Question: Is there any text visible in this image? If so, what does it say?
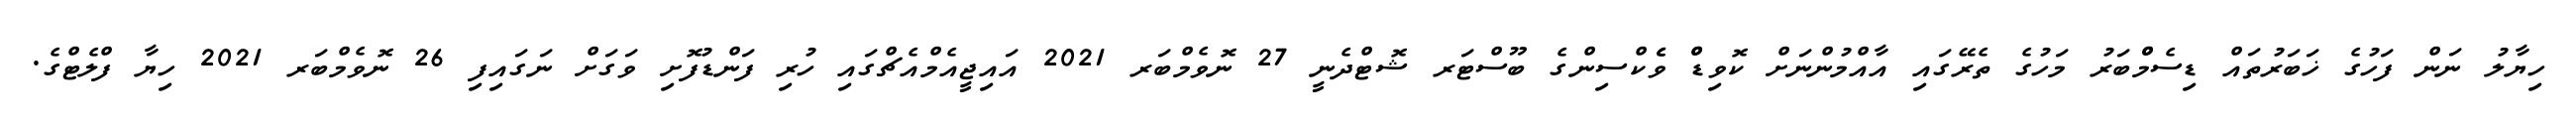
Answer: ހިޔާލު ނަން ފަހުގެ ޚަބަރުތައް ޑިސެމްްބަރު މަހުގެ ތެރޭގައި އާއްމުންނަށް ކޮވިޑްް ވެެކްސިންގެ ބޫސްޓަރ ޝޮޓްދެނީ 27 ނޮވެމްބަރ 2021 އައިޖީއެމްއެޗްގައި ހުރި ފަންޑުފޮށި ވަގަށް ނަގައިފި 26 ނޮވެމްބަރ 2021 ހިޔާ ފްލެޓްގެ.